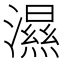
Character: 濕